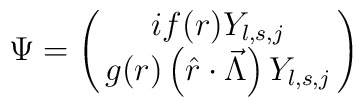
\Psi=\pmatrix{if(r)Y_{l,s,j}\cr g(r)\left(\hat{r}\cdot\vec{\Lambda}\right)Y_{l,s,j}}